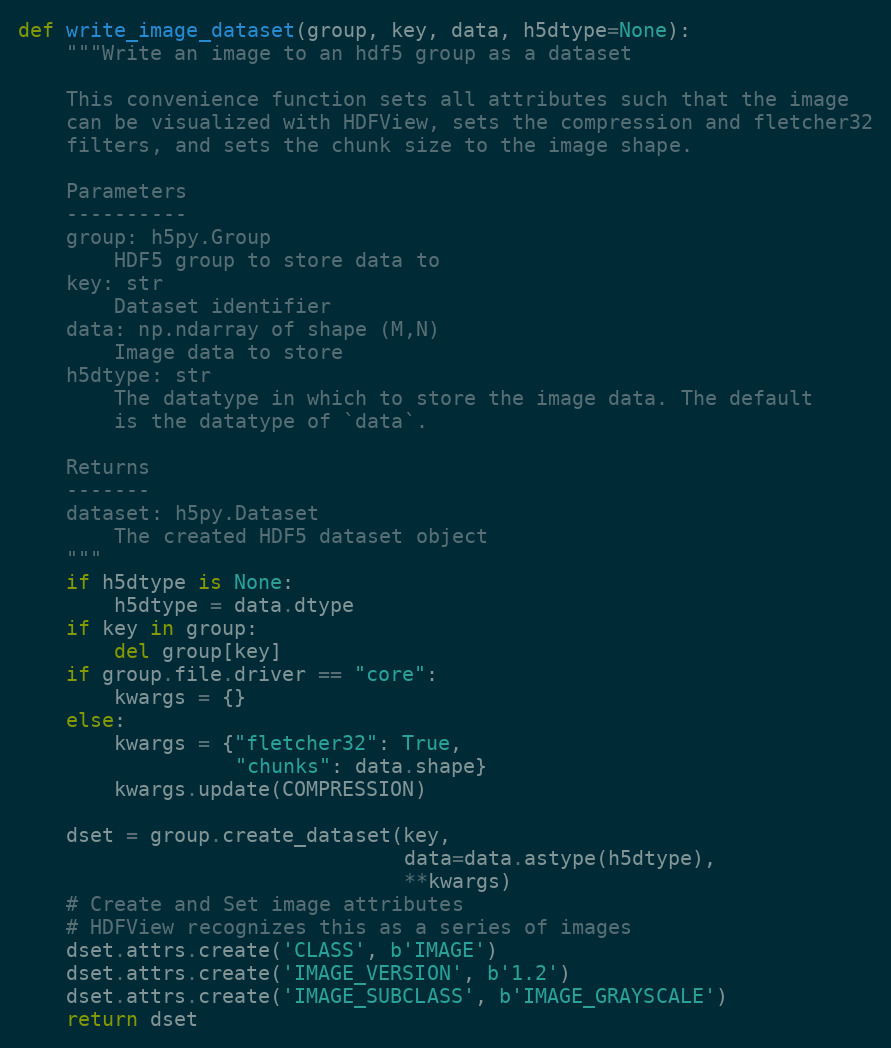
Language: Python
def write_image_dataset(group, key, data, h5dtype=None):
    """Write an image to an hdf5 group as a dataset

    This convenience function sets all attributes such that the image
    can be visualized with HDFView, sets the compression and fletcher32
    filters, and sets the chunk size to the image shape.

    Parameters
    ----------
    group: h5py.Group
        HDF5 group to store data to
    key: str
        Dataset identifier
    data: np.ndarray of shape (M,N)
        Image data to store
    h5dtype: str
        The datatype in which to store the image data. The default
        is the datatype of `data`.

    Returns
    -------
    dataset: h5py.Dataset
        The created HDF5 dataset object
    """
    if h5dtype is None:
        h5dtype = data.dtype
    if key in group:
        del group[key]
    if group.file.driver == "core":
        kwargs = {}
    else:
        kwargs = {"fletcher32": True,
                  "chunks": data.shape}
        kwargs.update(COMPRESSION)

    dset = group.create_dataset(key,
                                data=data.astype(h5dtype),
                                **kwargs)
    # Create and Set image attributes
    # HDFView recognizes this as a series of images
    dset.attrs.create('CLASS', b'IMAGE')
    dset.attrs.create('IMAGE_VERSION', b'1.2')
    dset.attrs.create('IMAGE_SUBCLASS', b'IMAGE_GRAYSCALE')
    return dset